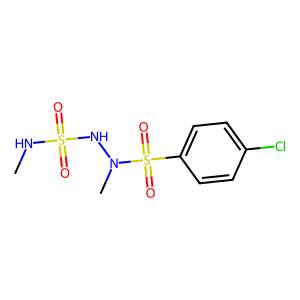
SMILES: CNS(=O)(=O)NN(C)S(=O)(=O)c1ccc(Cl)cc1
Inhibits HIV replication: No